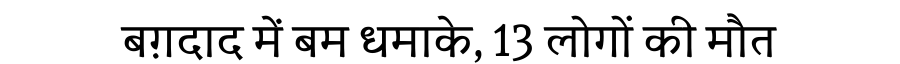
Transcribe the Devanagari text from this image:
बग़दाद में बम धमाके, 13 लोगों की मौत